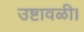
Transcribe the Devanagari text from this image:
उष्टावळी।